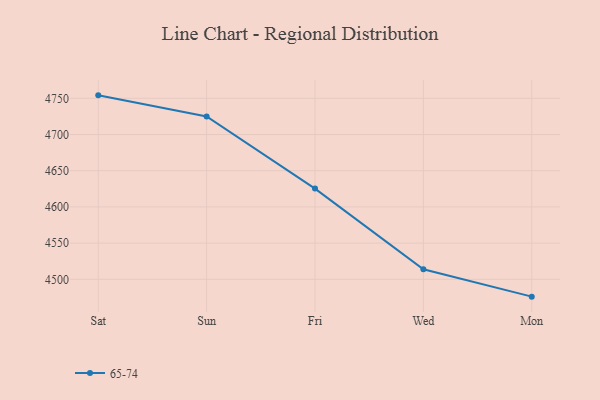
{"axis": {"x": "Day", "y": "Demand Index"}, "legend": ["65-74"], "data": [{"x": "Sat", "y": 4754.1, "type": "65-74"}, {"x": "Sun", "y": 4725.0, "type": "65-74"}, {"x": "Fri", "y": 4625.3, "type": "65-74"}, {"x": "Wed", "y": 4514.0, "type": "65-74"}, {"x": "Mon", "y": 4476.1, "type": "65-74"}]}